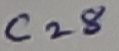
Text: C28